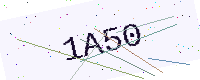
Text: 1A50